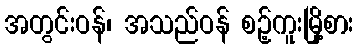
အတွင်းဝန်၊ အသည်ဝန် စဉ့်ကူးမြို့စား